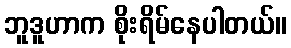
ဘူဒူဟာက စိုးရိမ်နေပါတယ်။